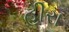
હીરા